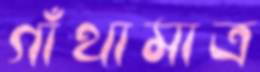
গাঁথামাত্র